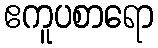
ဧကူပစာရော